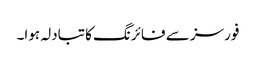
فورسز سے فائرنگ کا تبادلہ ہوا۔